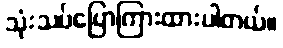
သုံးသပ်ပြောကြားထားပါတယ်။